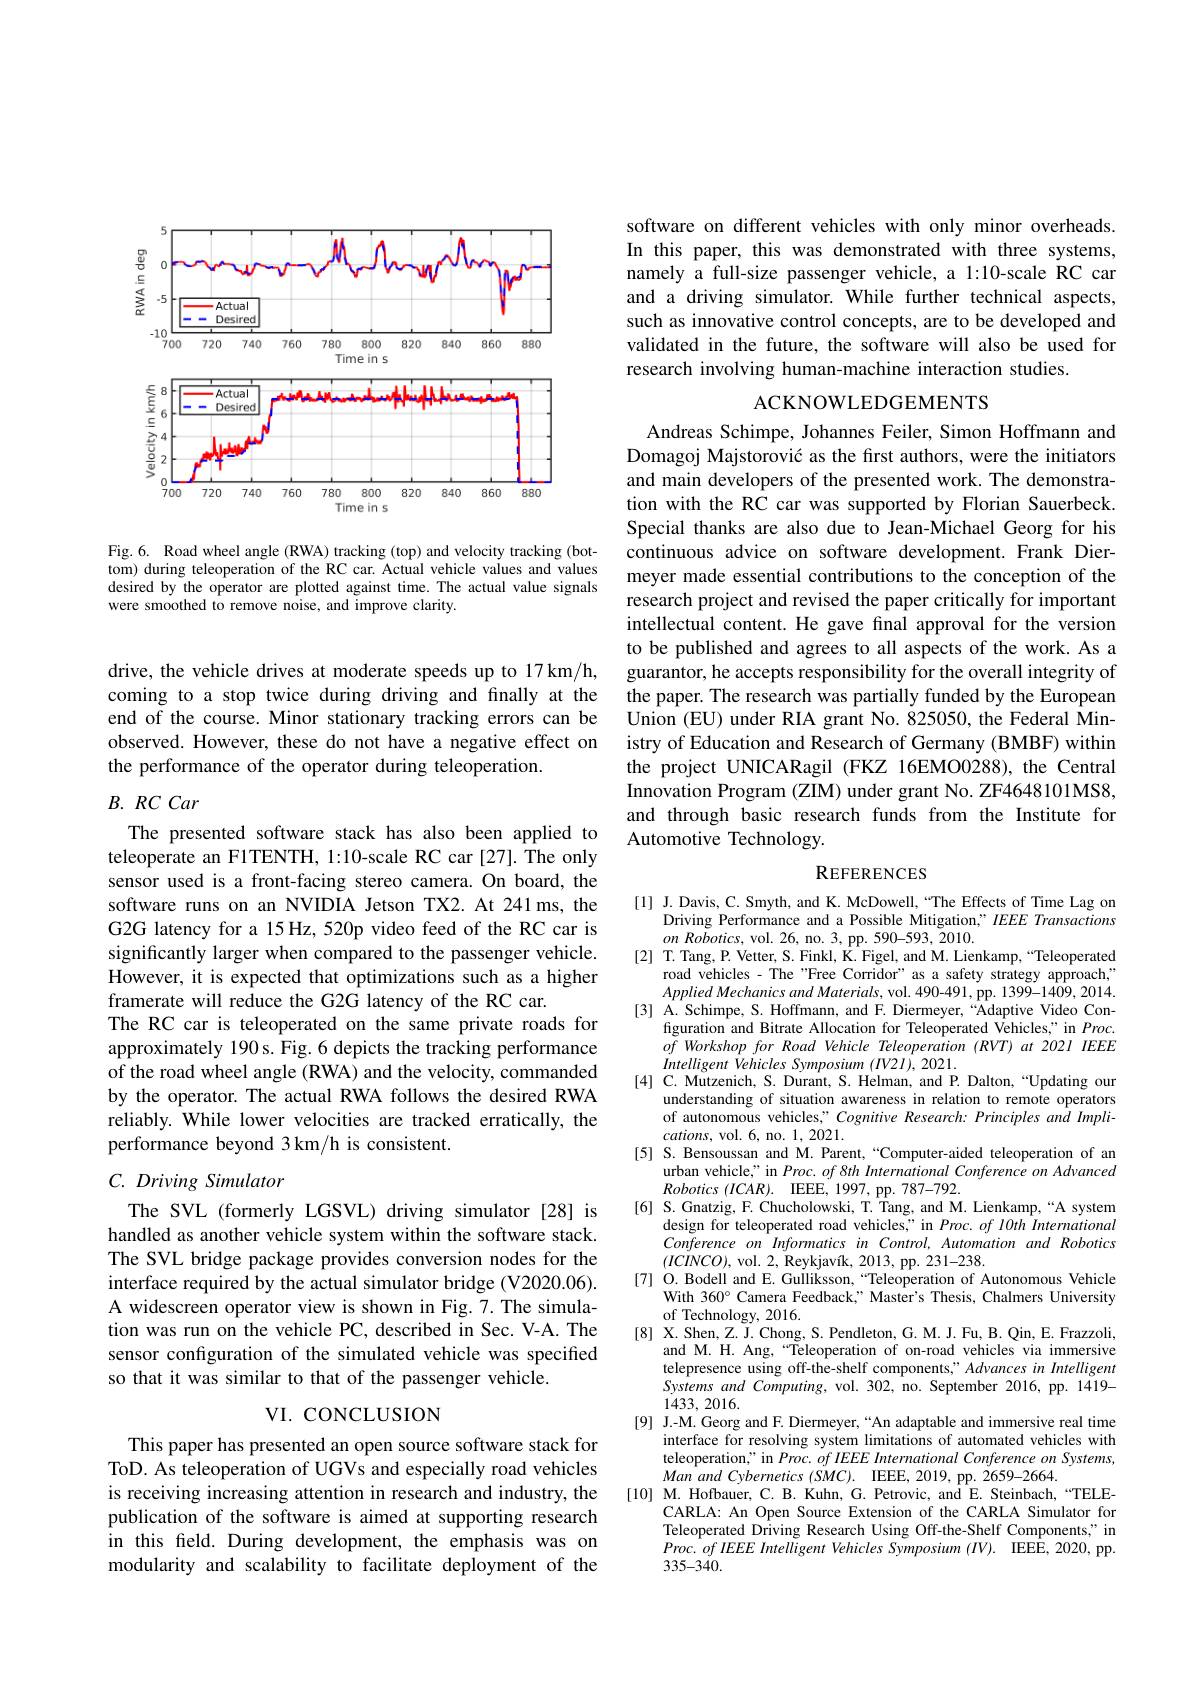
<FigureHere>

Fig.6. Road wheel angle (RWA) tracking (top) and velocity tracking (bottom) during teleoperation of the RC car. Actual vehicle values and values desired by the operator are plotted against time. The actual value signals were smoothed to remove noise, and improve clarity.

drive, the vehicle drives at moderate speeds up to 17 km/h, coming to a stop twice during driving and finally at the end of the course. Minor stationary tracking errors can be observed. However, these do not have a negative effect on the performance of the operator during teleoperation.

## $B.$ $RC$ Car

teleoperate an F1TENTH, 1:10-scale RC car [27]. The only sensor used is a front-facing stereo camera. On board, the software runs on an NVIDIA Jetson TX2. At 241ms, the G2G latency for a 15 Hz, 520p video feed of the RC car is significantly larger when compared to the passenger vehicle. However, it is expected that optimizations such as a higher framerate will reduce the G2G latency of the RC car.
The RC car is teleoperated on the same private roads for approximately 190 s. Fig. 6 depicts the tracking performance of the road wheel angle (RWA) and the velocity, commanded by the operator. The actual RWA follows the desired RWA reliably. While lower velocities are tracked erratically, the performance beyond 3 km/h is consistent.

# $C.Driving$ Simulator

The SVL (formerly LGSVL) driving simulator [28] is handled as another vehicle system within the software stack. The SVL bridge package provides conversion nodes for the interface required by the actual simulator bridge (V2020.06). A widescreen operator view is shown in Fig.7.The simulation was run on the vehicle PC, described in Sec. V-A. The sensor configuration of the simulated vehicle was specified so that it was similar to that of the passenger vehicle.

## VI. CONCLUSION

This paper has presented an open source software stack for ToD. As teleoperation of UGVs and especially road vehicles is receiving increasing attention in research and industry, the publication of the software is aimed at supporting research in this feld. During development, the emphasis was on modularity and scalability to facilitate deployment of the

software on different vehicles with only minor overheads In this paper, this was demonstrated with three systems, namely a full-size passenger vehicle, a 1:10-scale RC car and a driving simulator. While further technical aspects, such as innovative control concepts, are to be developed and validated in the future, the software will also be used for research involving human-machine interaction studies.

## ACKNOWLEDGEMENTS

Andreas Schimpe, Johannes Feiler, Simon Hoffmann and Domagoj Majstorović as the frst authors, were the initiators and main developers of the presented work. The demonstration with the RC car was supported by Florian Sauerbeck. Special thanks are also due to Jean-Michael Georg for his continuous advice on software development. Frank Diermeyer made essential contributions to the conception of the research project and revised the paper critically for important intellectual content. He gave final approval for the version to be published and agrees to all aspects of the work. As a guarantor, he accepts responsibility for the overall integrity of the paper. The research was partially funded by the European Union (EU) under RIA grant No. 825050, the Federal Ministry of Education and Research of Germany (BMBF) within the project UNICARagil (FKZ 16EMO0288), the Central Innovation Program (ZIM) under grant No. ZF4648101MS8, and through basic research funds from the Institute for
The presented software stack has also been applied to Automotive Technology.

### REFERENCES

[1] J.Davis, C. Smyth, and K. McDowell,“The Effects of Time Lag on
Driving Performance and a Possible Mitigation," IEEE Transactions
$on$ $Robotics$, vol. 26, no. 3, pp. 590-593, 2010.
[2] T. Tang, P. Vetter, S. Finkl, K. Figel, and M. Lienkamp,“Teleoperated
road vehicles - The "Free Corridor" as a safety strategy approach," $AppliedMechanicsandMaterials$, vol. 490-491, pp. 1399-1409, 2014.
[3] A. Schimpe, S. Hoffmann, and F. Diermeyer,“Adaptive Video Con-
figuration and Bitrate Allocation for Teleoperated Vehicles," in $Proc.$ $ofWorkshopforRoadVehicleTeleoperation(RVT)at202IIEE$ Intelligent Vehicles Symposium $(IV2I),2021.$
[4] C. Mutzenich, S. Durant, S. Helman, and P. Dalton, “Updating our
understanding of situation awareness in relation to remote operators of autonomous vehicles," Cognitive Research: Principles and Impli- $cations$, vol. 6, no. 1, 2021.
[5] S. Bensoussan and M. Parent,“Computer-aided teleoperation of an
urban vehicle," in $Proc. of8th\textit{International Conference on Advanced}$
Robotics $( ICAR) .$ IEEE, 1997, pp. 787- 792.
[6] S.Gnatzig, F. Chucholowski, T. Tang, and M. Lienkamp,“A system
design for teleoperated road vehicles," in $Proc. of\textit{lOth International}$ Conference on Informatics in Control, Automation and Robotics $(ICINCO)$, vol. 2, Reykjavik, 2013, pp. 231-238.
[7] O. Bodell and E. Gulliksson,“Teleoperation of Autonomous Vehicle
With 360° Camera Feedback," Master's Thesis, Chalmers University
of Technology, 2016.
[8] X.Shen, Z. J. Chong, S. Pendleton, G. M. J. Fu, B. Qin, E. Frazzoli,
and M. H. Ang,“Teleoperation of on-road vehicles via immersive telepresence using off-the-shelf components," Advances in Intelligent Systems and Computing, vol. 302, no. September 2016, pp. 1419- 1433,2016.
[9] J.-M. Georg and F. Diermeyer,“An adaptable and immersive real time
interface for resolving system limitations of automated vehicles with teleoperation" in Proc. of IEEE International Conference on Systems, $ManandCybernetics( SMC) .$ IEEE, 2019, pp. 2659-2664.
[10] M. Hofbauer, C. B. Kuhn, G. Petrovic, and E. Steinbach,“TELE-
CARLA: An Open Source Extension of the CARLA Simulator for Teleoperated Driving Research Using Off-the-Shelf Components," in $Proc.ofIEEE$ Intelligent Vehicles Symposium $( IV) .$ IEEE, 2020, pp. 335-340.